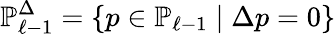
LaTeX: {\mathbb P}_{\ell-1}^{\Delta}=\{ p\in{\mathbb P}_{\ell-1}\; |\; \Delta p=0\}